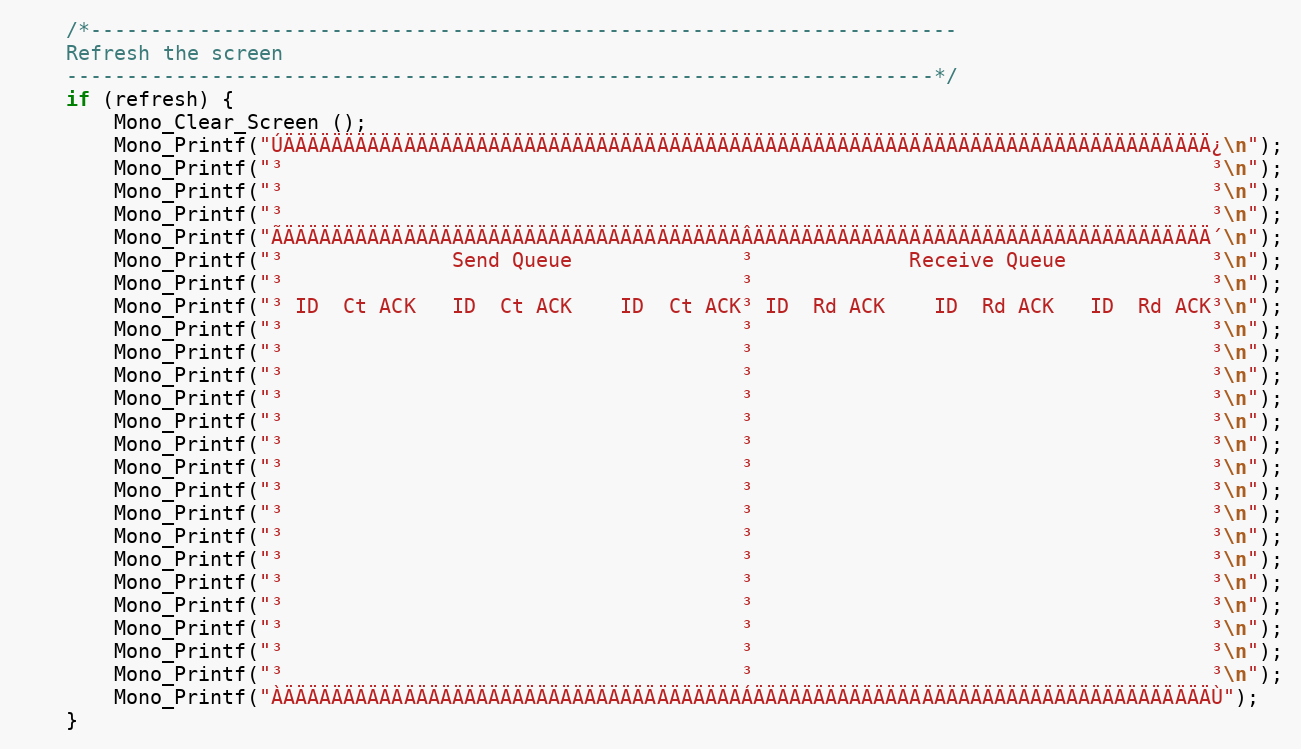
Language: C++
	/*------------------------------------------------------------------------
	Refresh the screen
	------------------------------------------------------------------------*/
	if (refresh) {
		Mono_Clear_Screen ();
		Mono_Printf("ÚÄÄÄÄÄÄÄÄÄÄÄÄÄÄÄÄÄÄÄÄÄÄÄÄÄÄÄÄÄÄÄÄÄÄÄÄÄÄÄÄÄÄÄÄÄÄÄÄÄÄÄÄÄÄÄÄÄÄÄÄÄÄÄÄÄÄÄÄÄÄÄÄÄÄÄÄÄ¿\n");
		Mono_Printf("³                                                                             ³\n");
		Mono_Printf("³                                                                             ³\n");
		Mono_Printf("³                                                                             ³\n");
		Mono_Printf("ÃÄÄÄÄÄÄÄÄÄÄÄÄÄÄÄÄÄÄÄÄÄÄÄÄÄÄÄÄÄÄÄÄÄÄÄÄÄÄÂÄÄÄÄÄÄÄÄÄÄÄÄÄÄÄÄÄÄÄÄÄÄÄÄÄÄÄÄÄÄÄÄÄÄÄÄÄÄ´\n");
		Mono_Printf("³              Send Queue              ³             Receive Queue            ³\n");
		Mono_Printf("³                                      ³                                      ³\n");
		Mono_Printf("³ ID  Ct ACK   ID  Ct ACK    ID  Ct ACK³ ID  Rd ACK    ID  Rd ACK   ID  Rd ACK³\n");
		Mono_Printf("³                                      ³                                      ³\n");
		Mono_Printf("³                                      ³                                      ³\n");
		Mono_Printf("³                                      ³                                      ³\n");
		Mono_Printf("³                                      ³                                      ³\n");
		Mono_Printf("³                                      ³                                      ³\n");
		Mono_Printf("³                                      ³                                      ³\n");
		Mono_Printf("³                                      ³                                      ³\n");
		Mono_Printf("³                                      ³                                      ³\n");
		Mono_Printf("³                                      ³                                      ³\n");
		Mono_Printf("³                                      ³                                      ³\n");
		Mono_Printf("³                                      ³                                      ³\n");
		Mono_Printf("³                                      ³                                      ³\n");
		Mono_Printf("³                                      ³                                      ³\n");
		Mono_Printf("³                                      ³                                      ³\n");
		Mono_Printf("³                                      ³                                      ³\n");
		Mono_Printf("³                                      ³                                      ³\n");
		Mono_Printf("ÀÄÄÄÄÄÄÄÄÄÄÄÄÄÄÄÄÄÄÄÄÄÄÄÄÄÄÄÄÄÄÄÄÄÄÄÄÄÄÁÄÄÄÄÄÄÄÄÄÄÄÄÄÄÄÄÄÄÄÄÄÄÄÄÄÄÄÄÄÄÄÄÄÄÄÄÄÄÙ");
	}